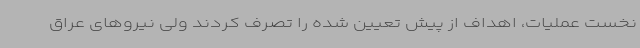
نخست عملیات، اهداف از پیش تعیین شده را تصرف کردند ولی نیروهای عراق